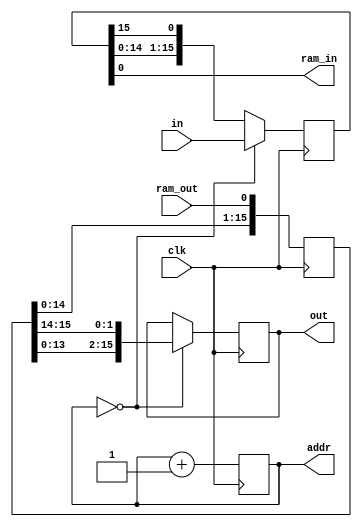
module RAM_SHIFTER #(
    parameter IO_WIDTH = 16,
    parameter ADDR_WIDTH = 4,
    parameter PHASE_SHIFT = 2
) (
    input                       clk,

    // parallel I/O
    input [IO_WIDTH-1:0]        in,
    output reg [IO_WIDTH-1:0]   out,

    // memory interface
    output reg [ADDR_WIDTH-1:0] addr,
    input                       ram_out,
    output                      ram_in
);

    // shift registers
    reg [IO_WIDTH-1:0]          shift_in;
    reg [IO_WIDTH-1:0]          shift_out;

    assign ram_in = shift_in[0];

    initial begin
        out       <= 0;
        addr      <= 0;
        shift_in  <= 0;
        shift_out <= 0;
    end

    always @(posedge clk) begin
        if(addr == 0)
          begin // shift registers are aligned with I/O
              // write output shift register, which is a little out of phase
              out <= {shift_out[IO_WIDTH-PHASE_SHIFT-1:0], shift_out[IO_WIDTH-1:IO_WIDTH-PHASE_SHIFT]};

              // input shift register is aligned with input, so sample it
              shift_in <= in;
          end
        else
          begin
              // rotate the input
              shift_in <= {shift_in[IO_WIDTH-2:0], shift_in[IO_WIDTH-1]};
          end

        // insert a new bit on the right and push everything to the left
        shift_out <= {shift_out[IO_WIDTH-2:0], ram_out};

        addr <= addr + 1;
    end
endmodule